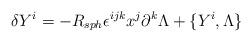
LaTeX: \begin{align*}\delta Y^i = -R_{sph} \epsilon^{ijk} x^j \partial^k \Lambda + \{Y^i , \Lambda \}\end{align*}